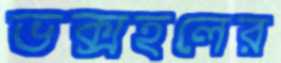
ভক্সহলের